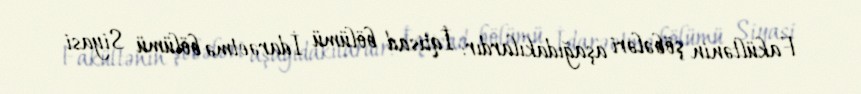
Fakültənin şöbələri aşağıdakılardır: İqtisad bölümü İdarəetmə bölümü Siyasi